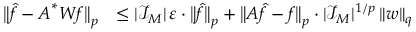
\begin{array} { r l } { \big \| \b { \hat { f } } - \boldsymbol A ^ { * } \boldsymbol W \boldsymbol f \big \| _ { p } } & { \leq | \mathcal I _ { \b { M } } | \, \varepsilon \cdot \big \| \b { \hat { f } } \big \| _ { p } + \big \| \boldsymbol A \b { \hat { f } } - \boldsymbol f \big \| _ { p } \cdot | \mathcal I _ { \b { M } } | ^ { 1 / p } \, \| \boldsymbol w \| _ { q } } \end{array}